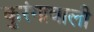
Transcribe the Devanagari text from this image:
कुरंगावाली